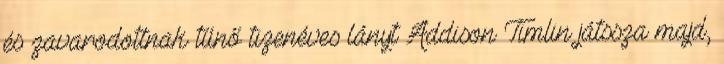
és zavarodottnak tűnő tizenéves lányt Addison Timlin játssza majd,